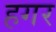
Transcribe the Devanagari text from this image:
हगर